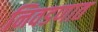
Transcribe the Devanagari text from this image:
निवडणात